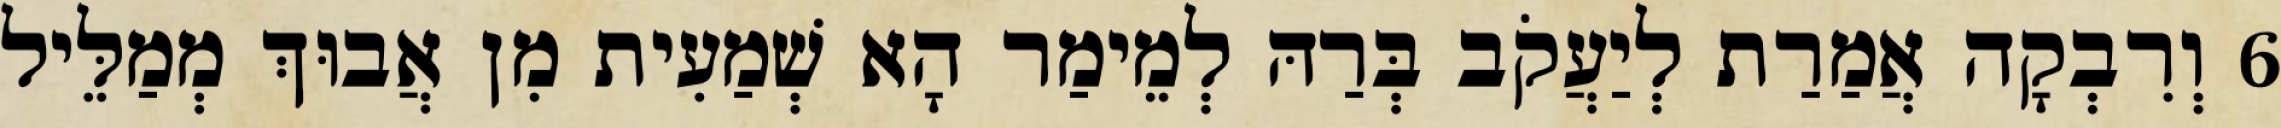
6 וְרִבְקָה אֲמַרַת לְיַעֲקֹב בְּרַהּ לְמֵימַר הָא שְׁמַעִית מִן אֲבוּךְ מְמַלֵּיל